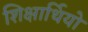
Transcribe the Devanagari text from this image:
शिक्षार्थियो